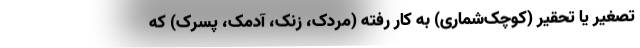
تصغیر یا تحقیر (کوچک‌شماری) به کار رفته (مردک، زنک، آدمک، پسرک) که